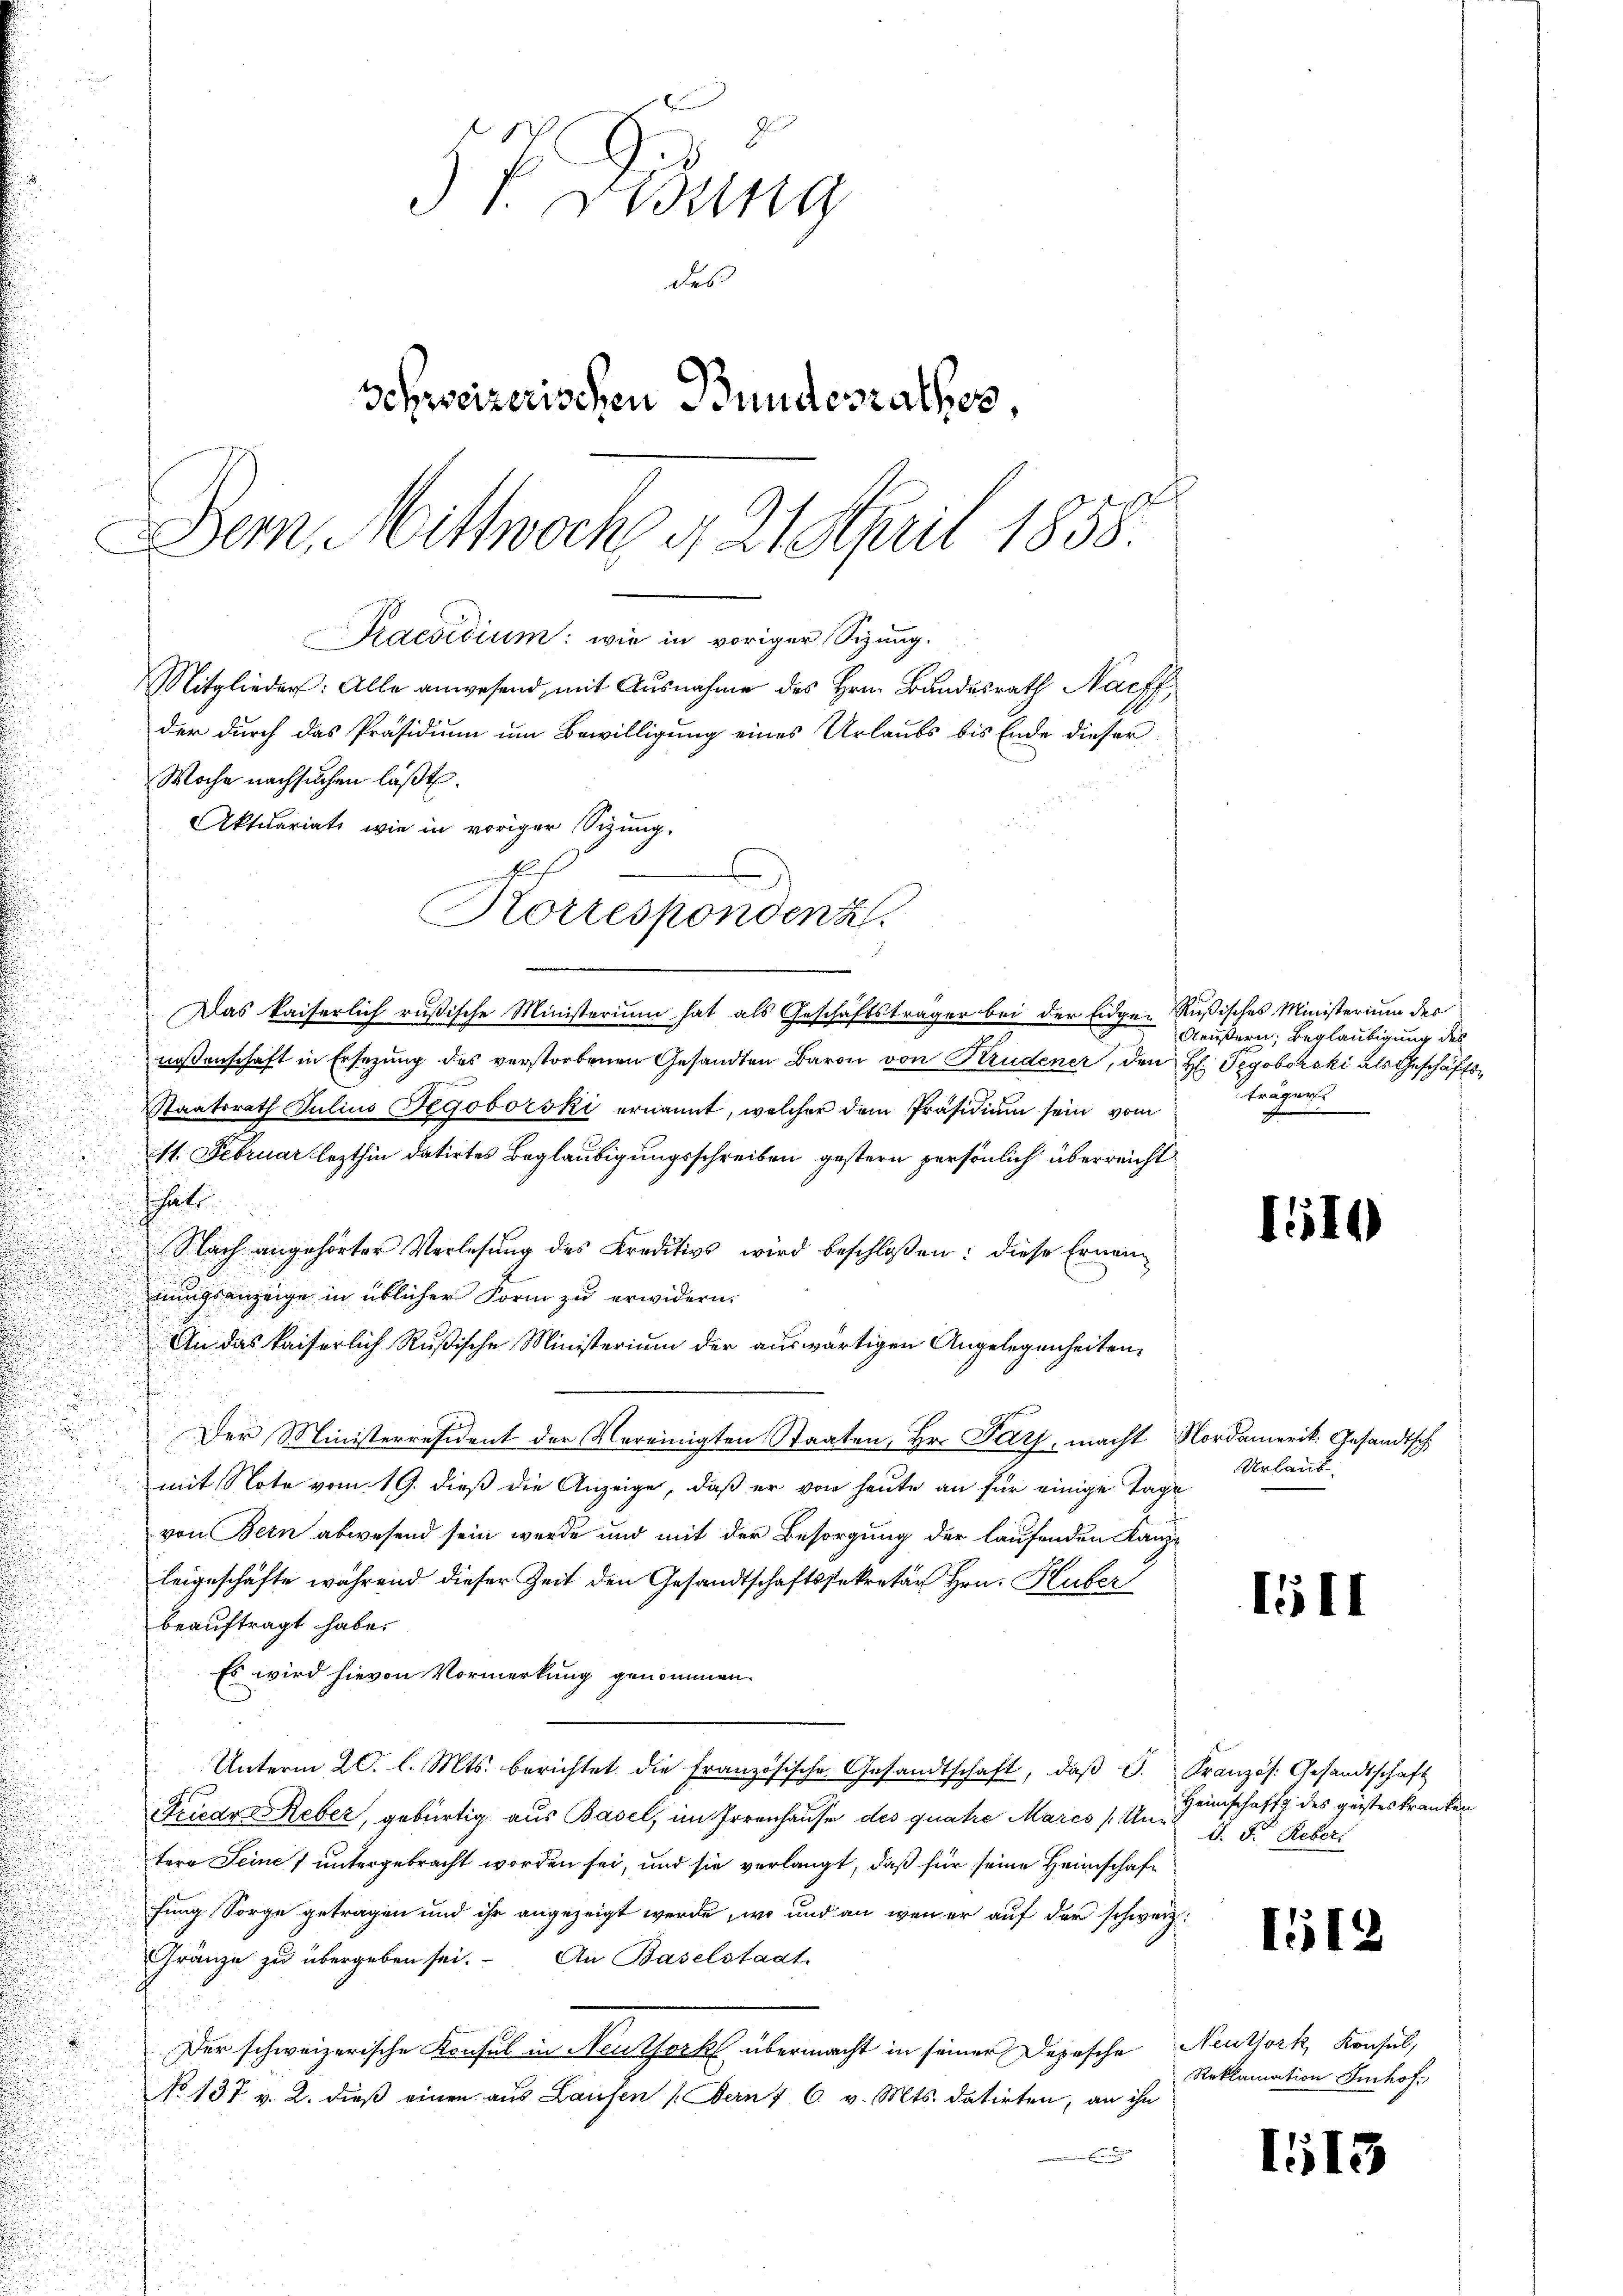
57. Gesung
des
Schweizerischen Bundesrathes
Dem Mittwoch d. 21. April 1858.
Praedicium: wie in voriger Sizung.
Mitglieder: Alle anwesend, mit Ausnahme des Hrn. Bundesrath Nachf
der durch das Präsidium um Bewilligung eines Urlaubs bis Ende dieser
Woche nachsuchen läßt.
Aktuariats wie in voriger Sizung.
f
Kottespondenz.

Das kaiserlich rußische Ministerium hat als Geschäftsträger bei der Eidge-Rußisches Ministerium der
noßenschaft in Ersezung des verstorbenen Gesandten Baron von Krudener, den H. Tegoborski als Geschäfts¬
Staatsrath Julius Fegoborski ernannt, welcher dem Präsidium sein vom
11. Februar lezthin datirtes Beglaubigungsschreiben gestern persönlich überreicht
schätt

Nach angehörter Verlesung des Kreditivs wird beschloßen: diese Ernenhnungsanzeige in üblicher Form zu erwidern.
An das kaiserlich Rußische Ministerium der auswärtigen Angelegenheiten,
Der Ministerresident der Vereinigten Staaten, Hr. Pars, macht Nordamerik. Gesandtsch
mit Note vom 19. dieß die Anzeige, daß er von heute an für einige Tage
von Bern abwesend sein werde und mit der Besorgung der laufenden Kanzleigeschäfte während dieser Zeit den Gesandtschaftssekretär Hrn. Huber
beauftragt habe.
Es wird hievon Vormerkung genommen.
Unterm 20. l. Mts. berichtet die französische Gesandtschaft, daβ G. Französ. Gesandtschaft
Friede Reber, gebürtig aus Basel, im Irrenhause des quatre Marcs / Ung
tere Seines untergebracht worden sei, und sie verlangt, daß für seine Heimschaft
fung Sorge getragen und ihr angezeigt werde, wo und an wenn er auf der schweiz.
Gränze zu übergeben sei. An Baselstaat
Der schweizerische Konsul in Neuthork übermacht in seiner Depesche Neuthork, Konsul,
No 137. v. 2. dieß einen aus Lausen (Bern f C. v. Mts. datirten, an ihn
E

Aeußern, Beglaubigung des
trägerst

110

Urlaub.

151)

Heimschafft des geistes Kranken
d. Fr. Reber

112

1515

Reklamation Imhof